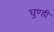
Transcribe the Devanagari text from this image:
घुण्डी